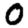
Digit: 0